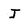
Character: J